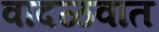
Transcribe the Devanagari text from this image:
वादळवात